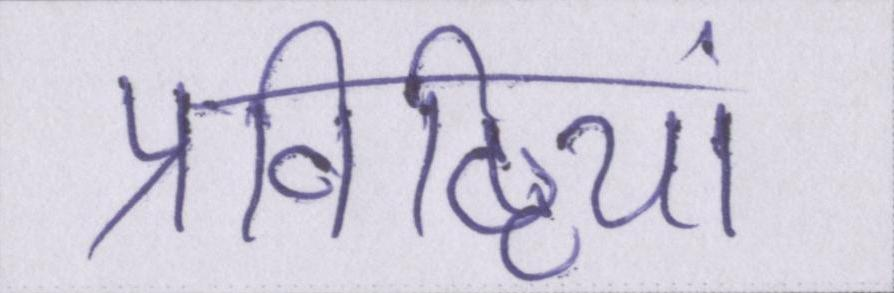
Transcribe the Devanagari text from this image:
प्रविष्टियां